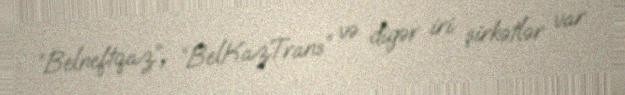
“Belneftqaz”, “BelKazTrans” və digər iri şirkətlər var.